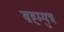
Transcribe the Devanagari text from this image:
ब्रह्म्पुत्र